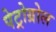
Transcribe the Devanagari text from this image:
पेट्रोग्रोल